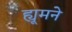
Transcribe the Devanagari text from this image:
ह्यूमने